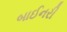
બાઈનરી